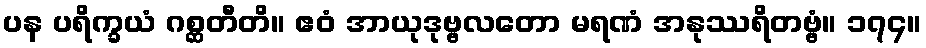
ပန ပရိက္ခယံ ဂစ္ဆတီတိ။ ဧဝံ အာယုဒုဗ္ဗလတော မရဏံ အနုဿရိတဗ္ဗံ။ ၁၇၄။